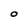
Character: O